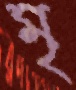
মৃ